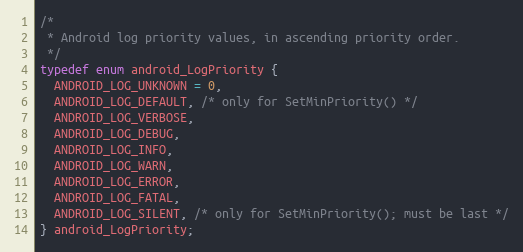
Language: C
/*
 * Android log priority values, in ascending priority order.
 */
typedef enum android_LogPriority {
  ANDROID_LOG_UNKNOWN = 0,
  ANDROID_LOG_DEFAULT, /* only for SetMinPriority() */
  ANDROID_LOG_VERBOSE,
  ANDROID_LOG_DEBUG,
  ANDROID_LOG_INFO,
  ANDROID_LOG_WARN,
  ANDROID_LOG_ERROR,
  ANDROID_LOG_FATAL,
  ANDROID_LOG_SILENT, /* only for SetMinPriority(); must be last */
} android_LogPriority;